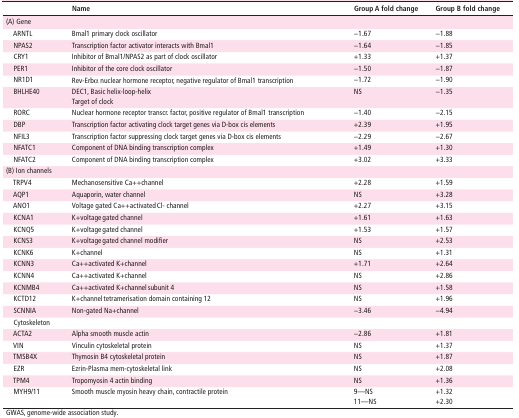
<table><thead><tr><td></td><td><b>Name</b></td><td><b>Group A fold change</b></td><td><b>Group B fold change</b></td></tr></thead><tbody><tr><td>(A) Gene</td><td></td><td></td><td></td></tr><tr><td> ARNTL</td><td>Bmal1 primary clock oscillator</td><td>−1.67</td><td>−1.88</td></tr><tr><td> NPAS2</td><td>Transcription factor activator interacts with Bmal1</td><td>−1.64</td><td>−1.85</td></tr><tr><td> CRY1</td><td>Inhibitor of Bmal1/NPAS2 as part of clock oscillator</td><td>+1.33</td><td>+1.37</td></tr><tr><td> PER1</td><td>Inhibitor of the core clock oscillator</td><td>−1.50</td><td>−1.87</td></tr><tr><td> NR1D1</td><td>Rev-Erbα nuclear hormone receptor, negative regulator of Bmal1 transcription</td><td>−1.72</td><td>−1.90</td></tr><tr><td> BHLHE40</td><td>DEC1, Basic helix-loop-helix Target of clock</td><td>NS</td><td>−1.35</td></tr><tr><td> RORC</td><td>Nuclear hormone receptor transcr. factor, positive regulator of Bmal1 transcription</td><td>−1.40</td><td>−2.15</td></tr><tr><td> DBP</td><td>Transcription factor activating clock target genes via D-box cis elements</td><td>+2.39</td><td>+1.95</td></tr><tr><td> NFIL3</td><td>Transcription factor suppressing clock target genes via D-box cis elements</td><td>−2.29</td><td>−2.67</td></tr><tr><td> NFATC1</td><td>Component of DNA binding transcription complex</td><td>+1.49</td><td>+1.30</td></tr><tr><td> NFATC2</td><td>Component of DNA binding transcription complex</td><td>+3.02</td><td>+3.33</td></tr><tr><td>(B) Ion channels</td><td></td><td></td><td></td></tr><tr><td> TRPV4</td><td>Mechanosensitive Ca++channel</td><td>+2.28</td><td>+1.59</td></tr><tr><td> AQP1</td><td>Aquaporin, water channel</td><td>NS</td><td>+3.28</td></tr><tr><td> ANO1</td><td>Voltage gated Ca++activated Cl- channel</td><td>+2.27</td><td>+3.15</td></tr><tr><td> KCNA1</td><td>K+voltage gated channel</td><td>+1.61</td><td>+1.63</td></tr><tr><td> KCNQ5</td><td>K+voltage gated channel</td><td>+1.53</td><td>+1.57</td></tr><tr><td> KCNS3</td><td>K+voltage gated channel modifier</td><td>NS</td><td>+2.53</td></tr><tr><td> KCNK6</td><td>K+channel</td><td>NS</td><td>+1.31</td></tr><tr><td> KCNN3</td><td>Ca++activated K+channel</td><td>+1.71</td><td>+2.64</td></tr><tr><td> KCNN4</td><td>Ca++activated K+channel</td><td>NS</td><td>+2.86</td></tr><tr><td> KCNMB4</td><td>Ca++activated K+channel subunit 4</td><td>NS</td><td>+1.58</td></tr><tr><td> KCTD12</td><td>K+channel tetramerisation domain containing 12</td><td>NS</td><td>+1.96</td></tr><tr><td> SCNNIA</td><td>Non-gated Na+channel</td><td>−3.46</td><td>−4.94</td></tr><tr><td> Cytoskeleton</td><td></td><td></td><td></td></tr><tr><td> ACTA2</td><td>Alpha smooth muscle actin</td><td>−2.86</td><td>+1.81</td></tr><tr><td> VIN</td><td>Vinculin cytoskeletal protein</td><td>NS</td><td>+1.37</td></tr><tr><td> TMSB4X</td><td>Thymosin B4 cytoskeletal protein</td><td>NS</td><td>+1.87</td></tr><tr><td> EZR</td><td>Ezrin-Plasma mem-cytoskeletal link</td><td>NS</td><td>+2.08</td></tr><tr><td> TPM4</td><td>Tropomyosin 4 actin binding</td><td>NS</td><td>+1.36</td></tr><tr><td> MYH9/11</td><td>Smooth muscle myosin heavy chain, contractile protein</td><td>9—NS 11—NS</td><td>+1.32 +2.30</td></tr></tbody></table>